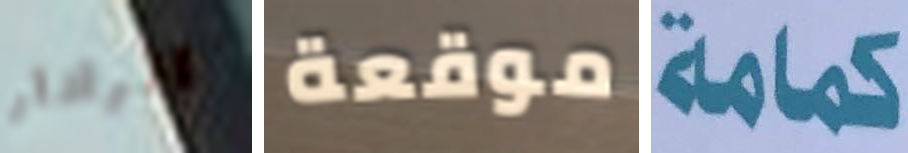
الرادار موقعة كمامة